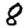
Digit: 8